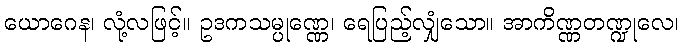
ယောဂေန၊ လုံ့လဖြင့်။ ဥဒကသမ္ပုဏ္ဏေ၊ ရေပြည့်လျှံသော။ အာကိဏ္ဏတဏ္ဍုလေ၊